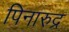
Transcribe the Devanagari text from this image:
पिनारुद्र